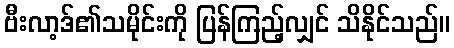
ဗီးလာ့ဒ်၏သမိုင်းကို ပြန်ကြည့်လျှင် သိနိုင်သည်။